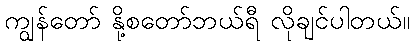
ကျွန်တော် နို့စတော်ဘယ်ရီ လိုချင်ပါတယ်။